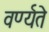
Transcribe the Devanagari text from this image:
वर्ण्यते